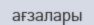
ағзалары